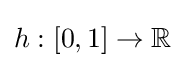
h:[0,1]\to \mathbb {R}